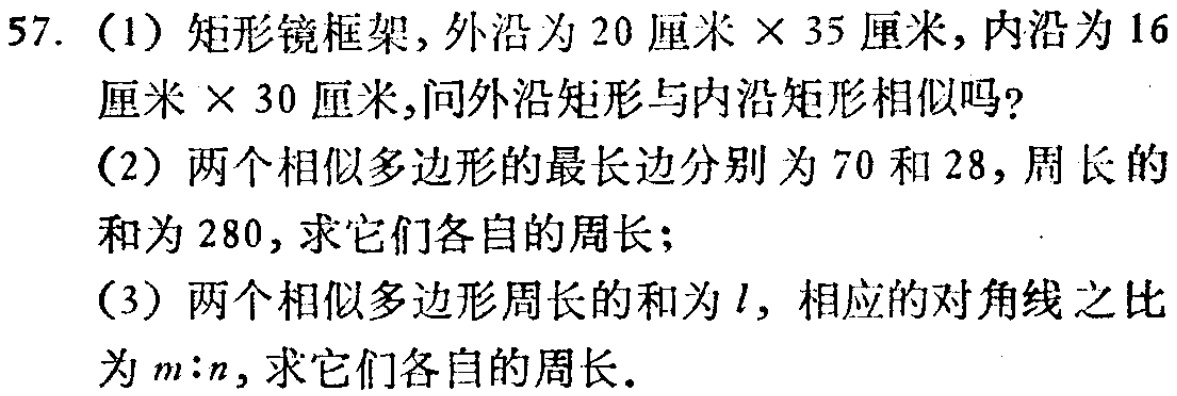
57. (1) 矩形镜框架，外沿为 \(20\) 厘米 \(\times35\) 厘米，内沿为 \(16\) 厘米 \(\times30\) 厘米，问外沿矩形与内沿矩形相似吗？
(2) 两个相似多边形的最长边分别为 \(70\) 和 \(28\)，周长的和为 \(280\)，求它们各自的周长；
(3) 两个相似多边形周长的和为 \(l\)，相应的对角线之比为 \(m:n\)，求它们各自的周长。